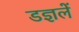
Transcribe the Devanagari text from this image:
डज्ञलें